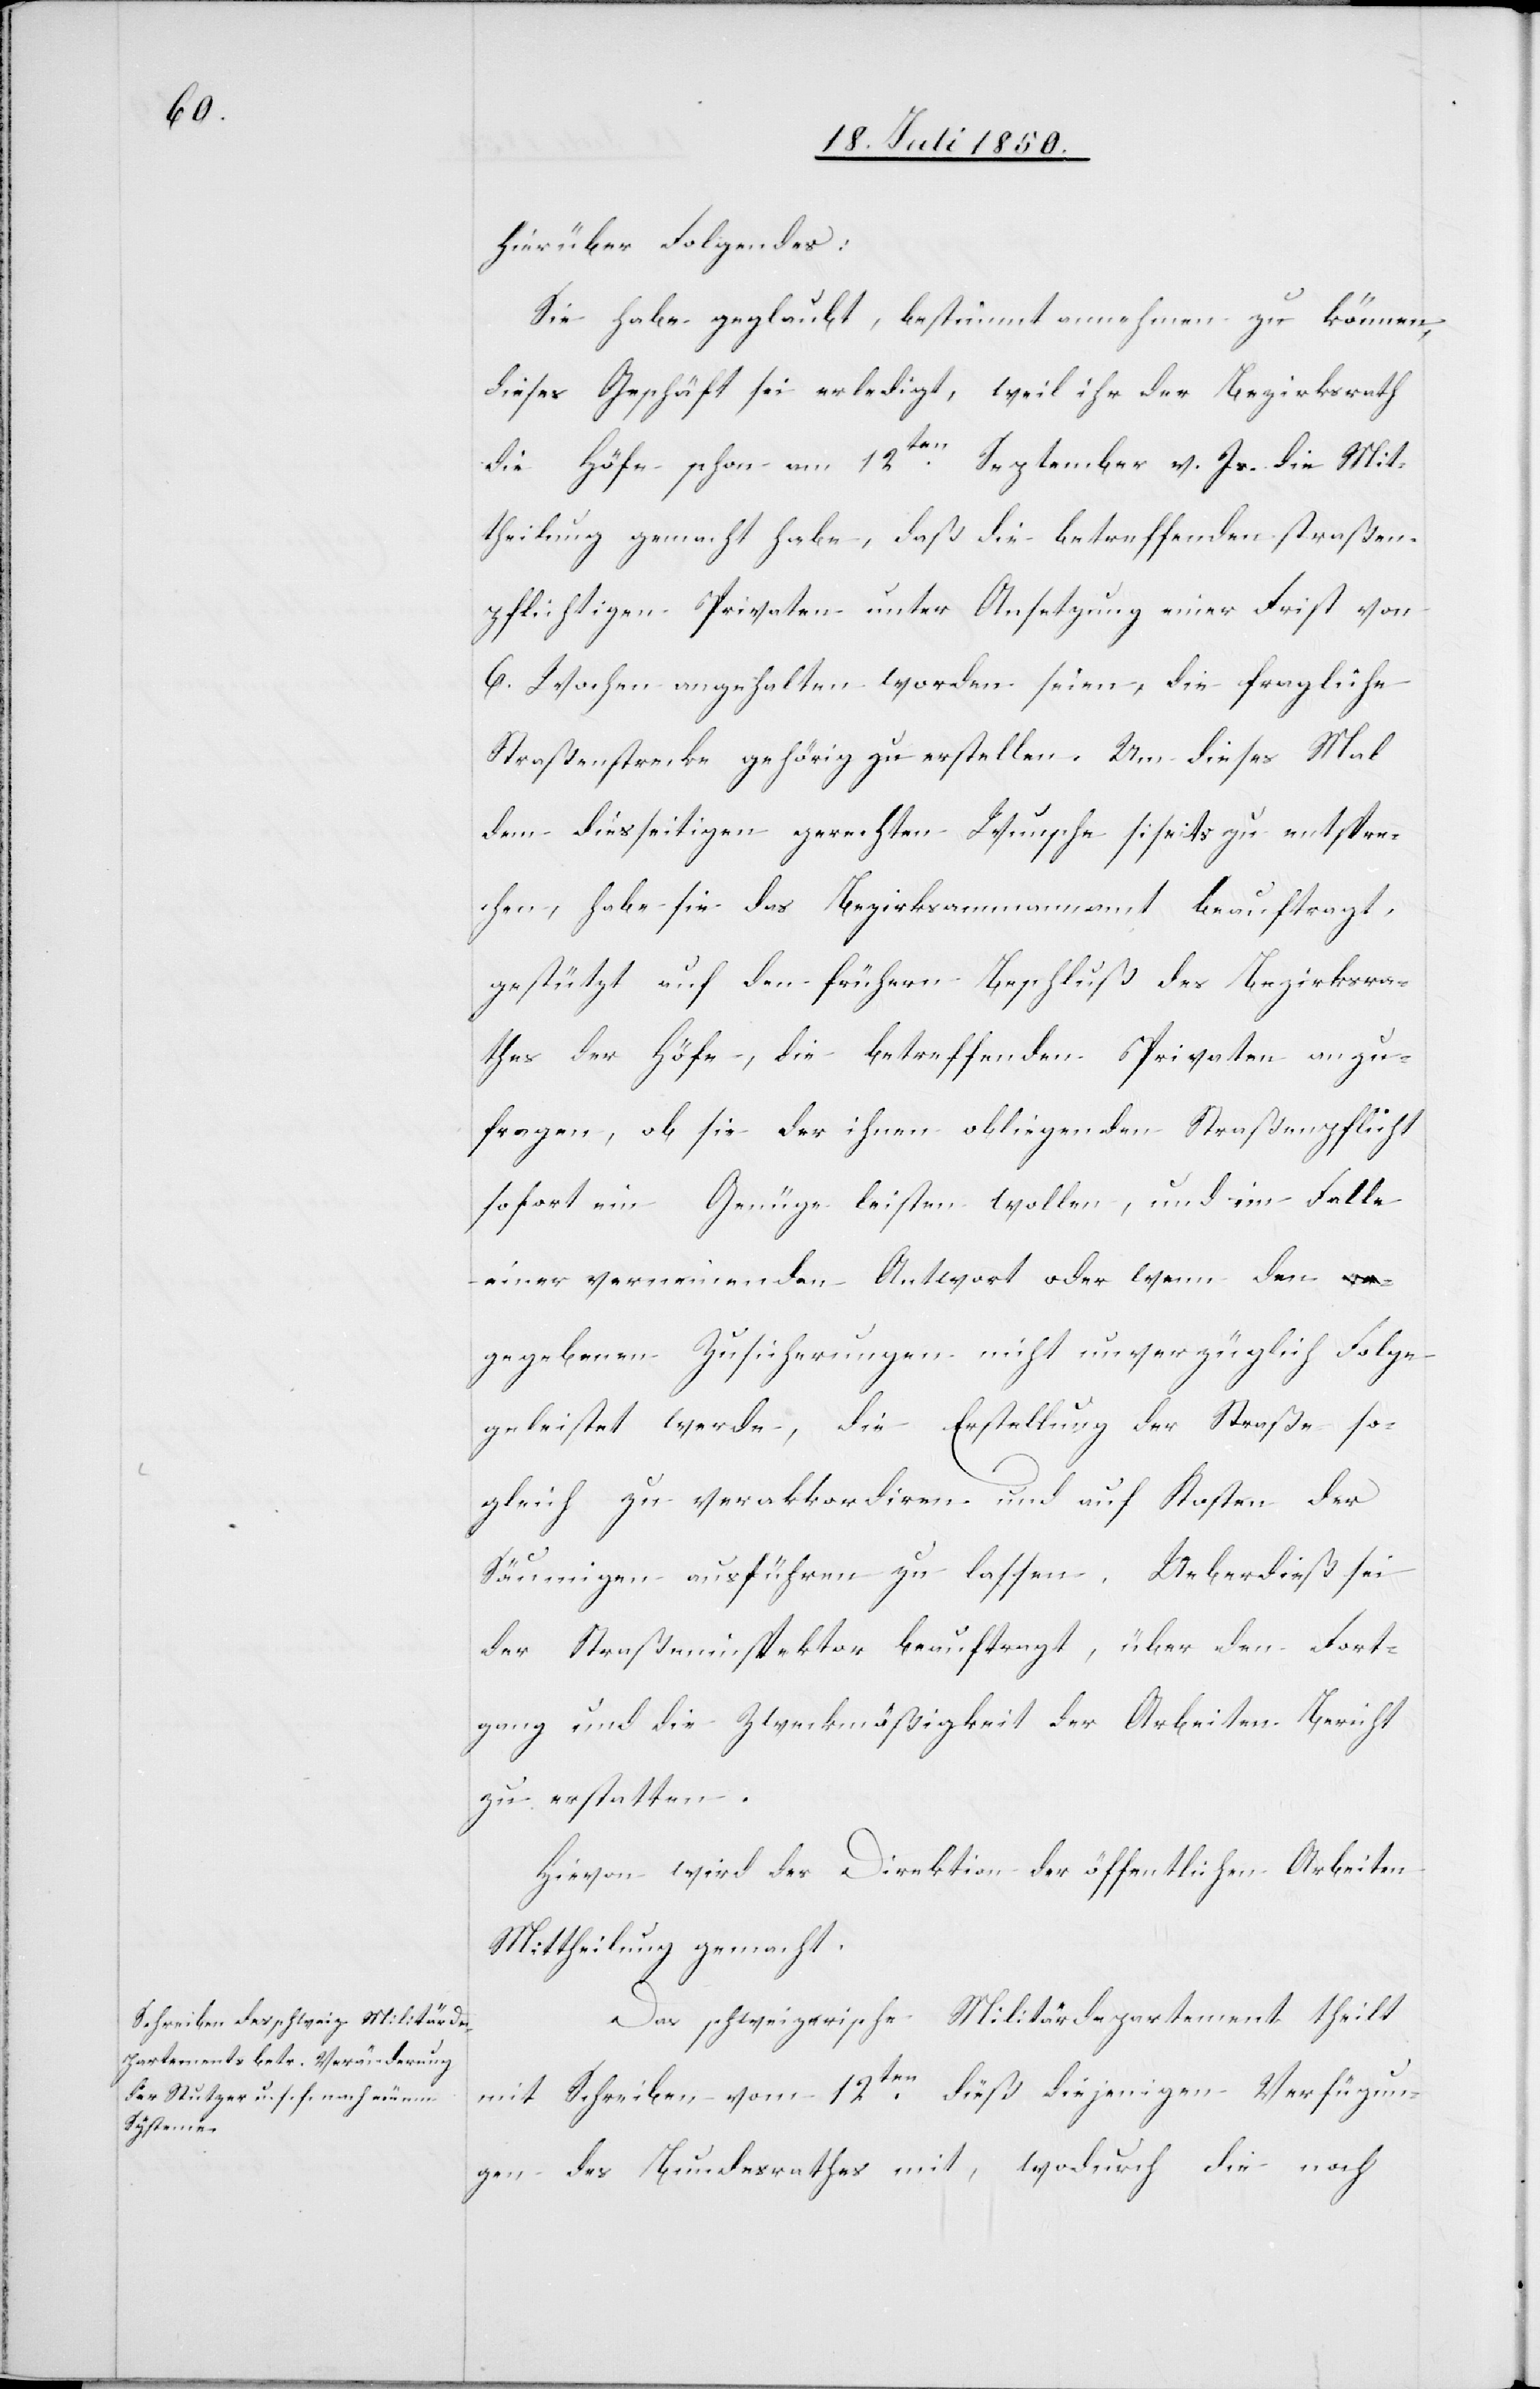
entspre¬

hierüber Folgendes:
Sie habe geglaubt, bestimmt annehmen zu können,
dieses Geschäft sei erledigt, weil ihr der Bezirksrath
die Höfe schon am 12ten September v. Js. die Mit¬
theilung gemacht habe, daß die betreffenden straßen¬
pflichtigen Privaten unter Ansetzung einer Frist von
6. Wochen angehalten worden seien, die fragliche
Straßenstrecke gehörig zu erstellen. Um dieses Mal
dem diesseitigen gerechten Wunsche siseits [recte:
chen, habe sie das Bezirksammannamt beauftragt,
gestützt auf den frühern Beschluß des Bezirksra¬
thes der Höfe, die betreffenden Privaten anzu¬
fragen, ob sie der ihnen obliegenden Straßenpflicht
sofort ein Genüge leisten wollen, und im Falle
einer verneinenden Antwort oder wenn den
gegebenen Zusicherungen nicht unverzüglich Folge
geleistet werde, die Erstellung der Straße so¬
gleich zu verakkordiren und auf Kosten der
Säumigen ausführen zu lassen. Ueberdieß sei
der Straßeninspektor beauftragt, über den Fort¬
gang und die Zweckmäßigkeit der Arbeiten Bericht
zu erstatten.
Hievon wird der Direktion der öffentlichen Arbeiten
Mittheilung gemacht.
Das schweizerische Militärdepartement theilt
mit Schreiben vom 12ten dieß diejenigen Verfügun¬
gen des Bundesrathes mit, wodurch die noch